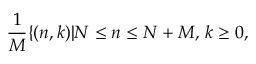
{ \frac { 1 } { M } } \{ ( n , k ) | N \leq n \leq N + M , \, k \geq 0 ,